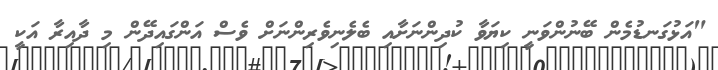
"އަޅުގަނޑުމެން ބޭނުންވަނީ ކިޔަވާ ކުދިންނަށާއި ބެލެނިވެރިންނަށް ވެސް އަންގައިދޭން މި ދާއިރާ އަކީ